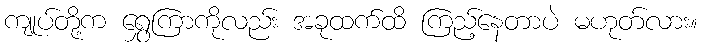
ကျုပ်တို့က ရွှေကြာကိုလည်း အခုထက်ထိ ကြည့်နေတာပဲ မဟုတ်လား။